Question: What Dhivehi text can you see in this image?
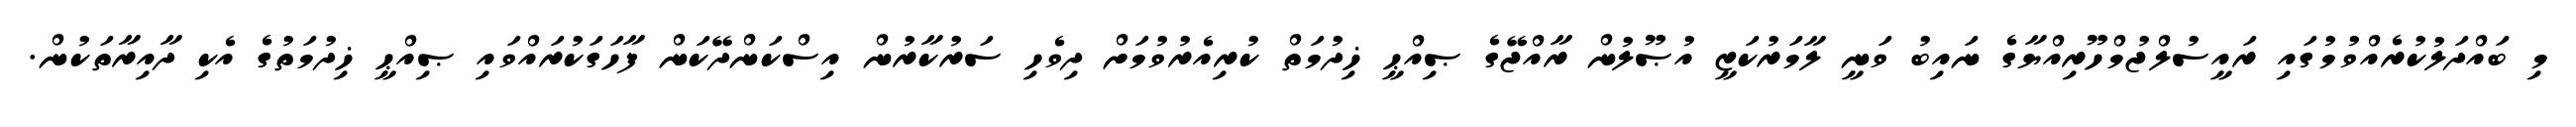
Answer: މި ބައްދަލުކުރެއްވުމުގައި ރައީސުލްޖުމްހޫރިއްޔާގެ ނައިބު ވަނީ ލާމަރުކަޒީ އުޞޫލުން ރާއްޖޭގެ ޞިއްޙީ ޚިދުމަތް ކުރިއެރުވުމަށް ދިވެހި ސަރުކާރުން އިސްކަންދޭކަން ފާހަގަކުރައްވައި ޞިއްޙީ ޚިދުމަތުގެ އެކި ދާއިރާތަކުން.